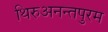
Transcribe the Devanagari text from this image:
थिरुअनन्तपुरम